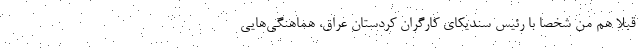
قبلاً هم من شخصاً با رئیس سندیکای کارگران کردستان عراق، هماهنگی‌هایی